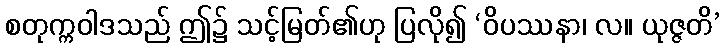
စတုက္ကဝါဒသည် ဤ၌ သင့်မြတ်၏ဟု ပြလို၍ ‘ဝိပဿနာ၊ လ။ ယုဇ္ဇတိ’